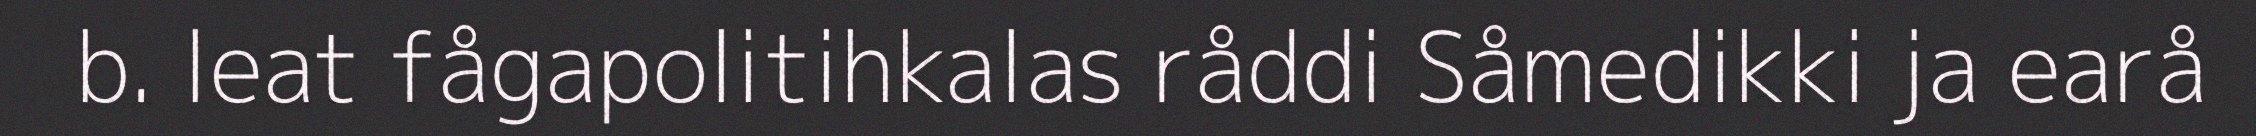
b. leat fågapolitihkalas råddi Såmedikki ja earå